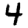
Digit: 4